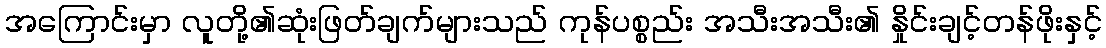
အကြောင်းမှာ လူတို့၏ဆုံးဖြတ်ချက်များသည် ကုန်ပစ္စည်း အသီးအသီး၏ နှိုင်းချင့်တန်ဖိုးနှင့်